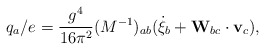
\begin{align*}q_a/e = \frac{g^4}{16\pi^2}(M^{-1})_{ab}(\dot\xi_b + {\bf W}_{bc}\cdot {\bf v}_c ),\end{align*}